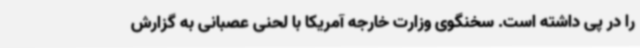
را در پی داشته است. سخنگوی وزارت خارجه آمریکا با لحنی عصبانی به گزارش